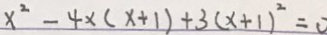
x ^ { 2 } - 4 \times ( x + 1 ) + 3 ( x + 1 ) ^ { 2 } = 0